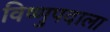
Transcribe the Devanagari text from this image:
विष्णुपदाला